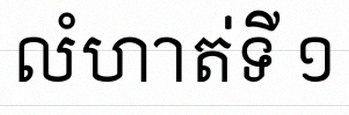
លំហាត់ទី ១